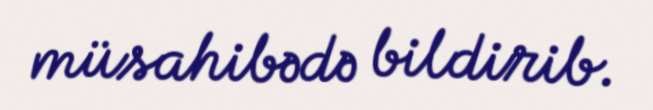
müsahibədə bildirib.